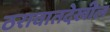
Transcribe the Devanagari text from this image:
ठरावातदेखील